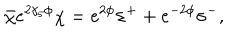
\bar { \chi } e ^ { 2 \gamma _ { 5 } \phi } \chi = e ^ { 2 \phi } \sigma ^ { + } + e ^ { - 2 \phi } \sigma ^ { - } ,